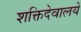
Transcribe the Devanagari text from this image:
शक्तिदेवालये